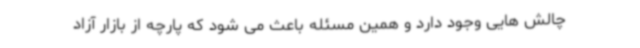
چالش هایی وجود دارد و همین مسئله باعث می شود که پارچه از بازار آزاد